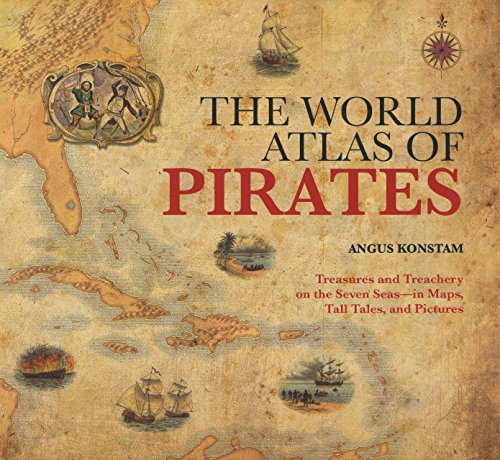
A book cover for World Atlas of Pirates: Treasures And Treachery On The Seven Seas--In Maps, Tall Tales, And Pictures; Angus Konstam; History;